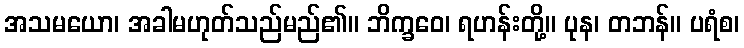
အသမယော၊ အခါမဟုတ်သည်မည်၏။ ဘိက္ခဝေ၊ ရဟန်းတို့။ ပုန၊ တဘန်။ ပရံစ၊